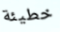
خطيئة